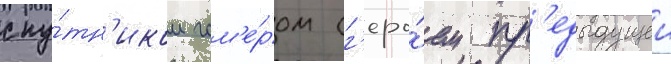
спу́тн'иком гом'е́ром (г'еро́ем пр'едыдущеи